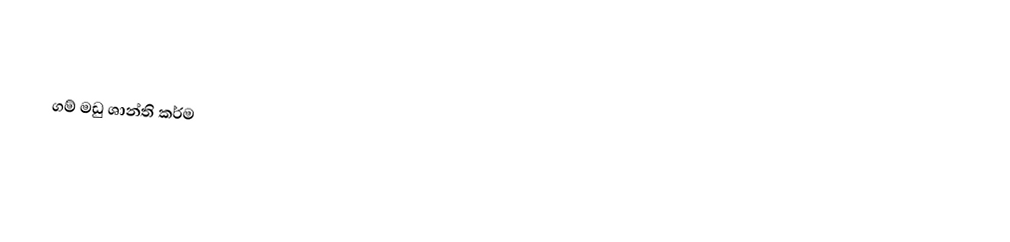

ගම් මඩු ශාන්ති කර්ම